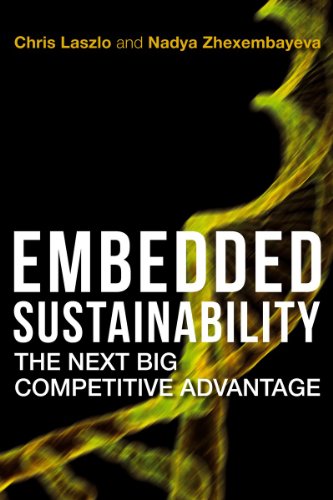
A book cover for Embedded Sustainability: The Next Big Competitive Advantage; Chris Laszlo; Business & Money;